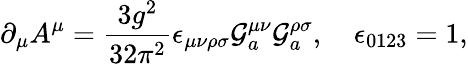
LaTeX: \partial_{\mu}A^{\mu}=\frac{3g^{2}}{32\pi^{2}}\epsilon_{\mu\nu\rho\sigma}{\cal G}_{a}^{\mu\nu}{\cal G}_{a}^{\rho\sigma},\quad\epsilon_{0123}=1,